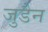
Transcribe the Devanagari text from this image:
जुडैन